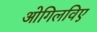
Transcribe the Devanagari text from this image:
ओगिलविए